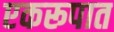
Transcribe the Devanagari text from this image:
एकरूपात